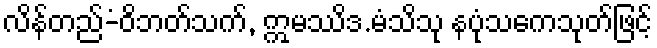
လိန်တည်-ံဝိဘတ်သက်, ဣမဿိဒ.မံသိသု နပုံသကေသုတ်ဖြင့်